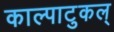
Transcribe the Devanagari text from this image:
काल्पाटुकल्